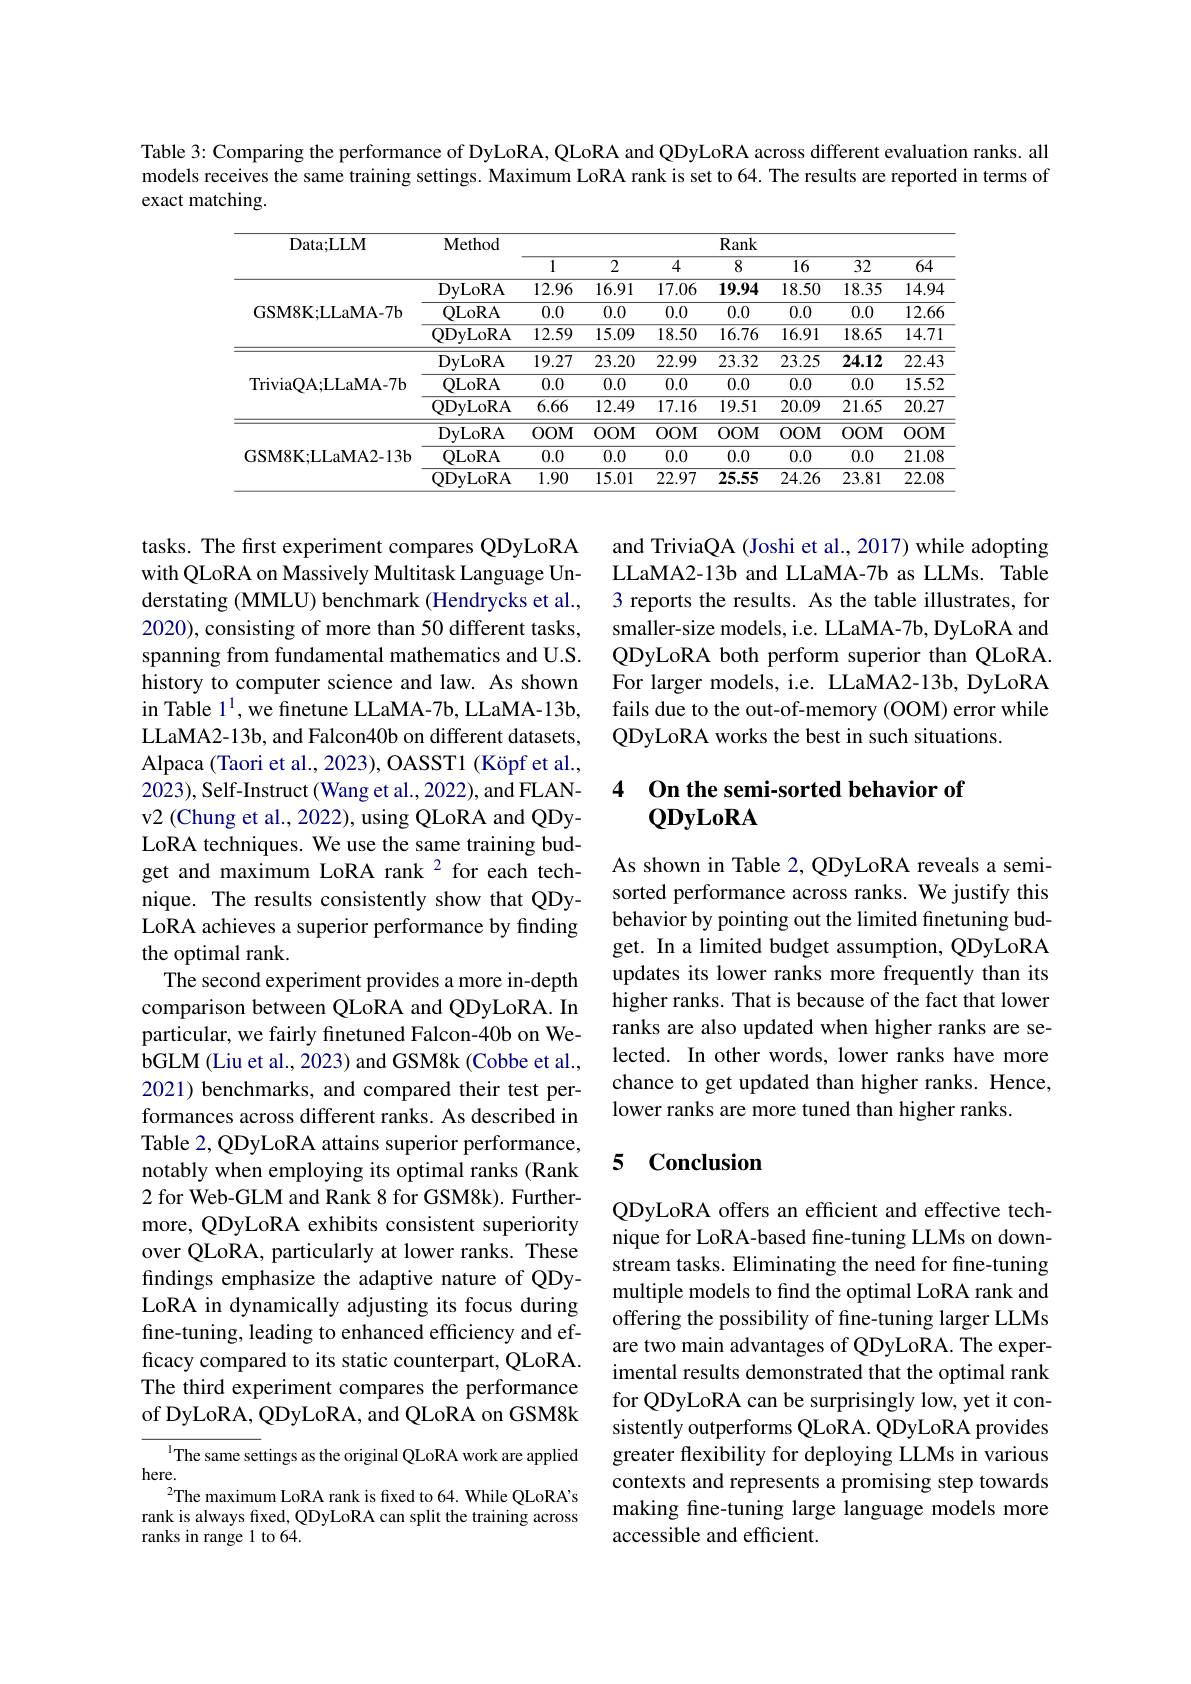
Table 3: Comparing the performance of DyLoRA, QLoRA and QDyLoRA across different evaluation ranks. all models receives the same training settings. Maximum LoRA rank is set to 64. The results are reported in terms of exact matching.

<table>
	<tbody>
		<tr>
			<th rowspan="2">Data; LLM</th>
			<th rowspan="2">Method</th>
			<th colspan="7">Rank</th>
		</tr>
		<tr>
			<th>1</th>
			<th>2</th>
			<th>$\overline{4}$</th>
			<th>8</th>
			<th>$\overline{16}$</th>
			<th>$\overline{32}$</th>
			<th>$\overline{64}$</th>
		</tr>
		<tr>
			<td rowspan="3">GSM8K;LLaMA-7b</td>
			<td>DyLoRA</td>
			<td>12.96</td>
			<td>16.91</td>
			<td>17.06</td>
			<td>19.94</td>
			<td>18.50</td>
			<td>18.35</td>
			<td>14.94</td>
		</tr>
		<tr>
			<td>QLoRA</td>
			<td>0.0</td>
			<td>0.0</td>
			<td>0.0</td>
			<td>0.0</td>
			<td>0.0</td>
			<td>0.0</td>
			<td>12.66</td>
		</tr>
		<tr>
			<td>QDyLoRA</td>
			<td>12.59</td>
			<td>15.09</td>
			<td>18.50</td>
			<td>16.76</td>
			<td>16.91</td>
			<td>18.65</td>
			<td>14.71</td>
		</tr>
		<tr>
			<td rowspan="3">TriviaQA;LLaMA-7b</td>
			<td>DyLoRA</td>
			<td>19.27</td>
			<td>23.20</td>
			<td>22.99</td>
			<td>23.32</td>
			<td>23.25</td>
			<td>24.12</td>
			<td>22.43</td>
		</tr>
		<tr>
			<td>QLoRA</td>
			<td>0.0</td>
			<td>0.0</td>
			<td>0.0</td>
			<td>0.0</td>
			<td>0.0</td>
			<td>0.0</td>
			<td>15.52</td>
		</tr>
		<tr>
			<td>QDyLoRA</td>
			<td>$\overline{6.66}$</td>
			<td>12.49</td>
			<td>17.16</td>
			<td>19.51</td>
			<td>20.09</td>
			<td>21.65</td>
			<td>20.27</td>
		</tr>
		<tr>
			<td rowspan="3">GSM8K;LLaMA2-13b</td>
			<td>DyLoRA</td>
			<td>$OOM$</td>
			<td>$OOM$</td>
			<td>$OOM$</td>
			<td>$OOM$</td>
			<td>$OOM$</td>
			<td>$OOM$</td>
			<td>$OOM$</td>
		</tr>
		<tr>
			<td>QLoRA</td>
			<td>0.0</td>
			<td>0.0</td>
			<td>0.0</td>
			<td>0.0</td>
			<td>0.0</td>
			<td>0.0</td>
			<td>21.08</td>
		</tr>
		<tr>
			<td>QDyLoRA</td>
			<td>1.90</td>
			<td>15.01</td>
			<td>22.97</td>
			<td>25.55</td>
			<td>24.26</td>
			<td>23.81</td>
			<td>22.08</td>
		</tr>
	</tbody>
</table>

and TriviaQA (Joshi et al., 2017) while adopting LLaMA2-13b and LLaMA-7b as LLMs. Table 3 reports the results. As the table illustrates, for smaller-size models, i.e. LLaMA-7b, DyLoRA and QDyLoRA both perform superior than QLoRA. For larger models, i.e. LLaMA2-13b, DyLoRA fails due to the out-of-memory (OOM) error while QDyLoRA works the best in such situations.

### 4 On the semi-sorted behavior of $\mathbf{QDyLoRA}$

As shown in Table 2, QDyLoRA reveals a semisorted performance across ranks. We justify this behavior by pointing out the limited finetuning budget. In a limited budget assumption, QDyLoRA updates its lower ranks more frequently than its higher ranks. That is because of the fact that lower ranks are also updated when higher ranks are selected. In other words, lower ranks have more chance to get updated than higher ranks. Hence, lower ranks are more tuned than higher ranks.

tasks. The frst experiment compares QDyLoRA with QLoRA on Massively Multitask Language Understating (MMLU) benchmark (Hendrycks et al., 2020), consisting of more than 50 different tasks, spanning from fundamental mathematics and U.S. history to computer science and law. As shown in Table 1$^{1}$, we finetune LLaMA-7b, LLaMA-13b, LLaMA2-13b, and Falcon40b on different datasets, Alpaca (Taori et al., 2023), OASST1 (Köpf et al., 2023),Self-Instruct(Wang et al., 2022), and FLANv2 (Chung et al., 2022), using QLoRA and QDyLoRA techniques. We use the same training budget and maximum LoRA rank $^{2}$ for each technique. The results consistently show that QDyLoRA achieves a superior performance by finding the optimal rank.
The second experiment provides a more in-depth comparison between QLoRA and QDyLoRA. In particular, we fairly finetuned Falcon-40b on WebGLM (Liu et al., 2023) and GSM8k (Cobbe et al., 2021) benchmarks, and compared their test performances across different ranks. As described in Table 2, QDyLoRA attains superior performance, notably when employing its optimal ranks (Rank 2 for Web-GLM and Rank 8 for GSM8k). Furthermore, QDyLoRA exhibits consistent superiority over QLoRA, particularly at lower ranks. These findings emphasize the adaptive nature of QDyLoRA in dynamically adjusting its focus during fine-tuning, leading to enhanced efficiency and efficacy compared to its static counterpart, QLoRA. The third experiment compares the performance of DyLoRA, QDyLoRA, and QLoRA on GSM8k
$^{1}$The same settings as the original QLoRA work are applied

### 5 $\mathbf{Conclusion}$

QDyLoRA offers an efficient and effective technique for LoRA-based fine-tuning LLMs on downstream tasks. Eliminating the need for fine-tuning multiple models to find the optimal LoRA rank and offering the possibility of fine-tuning larger LLMs are two main advantages of QDyLoRA. The experimental results demonstrated that the optimal rank for QDyLoRA can be surprisingly low, yet it consistently outperforms QLoRA. QDyLoRA provides greater flexibility for deploying LLMs in various contexts and represents a promising step towards making fine-tuning large language models more accessible and efficient.

here.
$^2$The maximum LoRA rank is fixed to 64. While QLoRA's rank is always fixed, QDyLoRA can split the training across ranks in range 1 to 64.